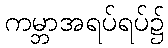
ကမ္ဘာအရပ်ရပ်၌